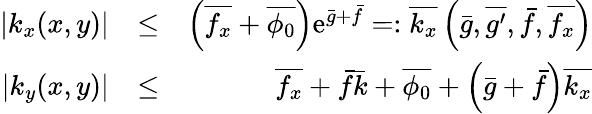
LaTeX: \begin{array}{rlr}{|k_{x}(x,y)|}&{\leq}&{\left(\overline{{f_{x}}}+\overline{{\phi_{0}}}\right)\mathrm{e}^{\bar{g}+\bar{f}}=:\overline{{k_{x}}}\left(\bar{g},\overline{{g^{\prime}}},\bar{f},\overline{{f_{x}}}\right)}\\ {|k_{y}(x,y)|}&{\leq}&{\overline{{f_{x}}}+\bar{f}\bar{k}+\overline{{\phi_{0}}}+\left(\bar{g}+\bar{f}\right)\overline{{k_{x}}}}\end{array}